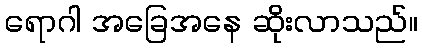
ရောဂါ အခြေအနေ ဆိုးလာသည်။